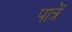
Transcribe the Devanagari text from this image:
पात्रें